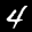
Label: 4